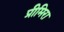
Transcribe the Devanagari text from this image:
प्रीमिरा